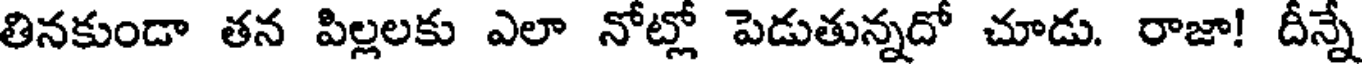
తినకుండా తన పిల్లలకు ఎలా నోట్లో పెడుతున్నదో చూడు. రాజా! దీన్నే